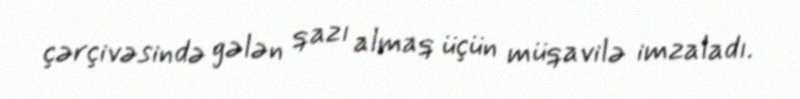
çərçivəsində gələn qazı almaq üçün müqavilə imzaladı.